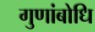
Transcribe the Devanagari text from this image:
गुणांबोधि